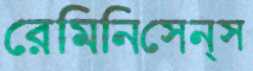
রেমিনিসেন্স